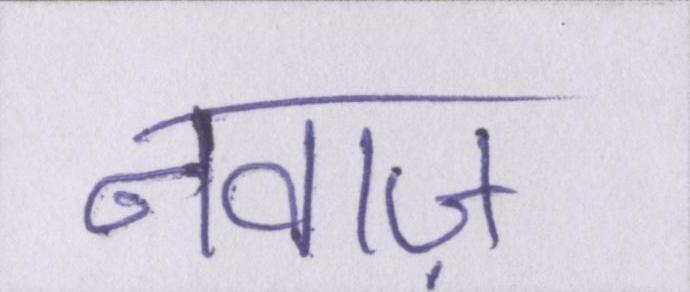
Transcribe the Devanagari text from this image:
नवाज़